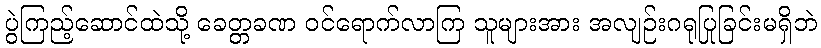
ပွဲကြည့်ဆောင်ထဲသို့ ခေတ္တခဏ ဝင်ရောက်လာကြ သူများအား အလျဉ်းဂရုပြုခြင်းမရှိဘဲ